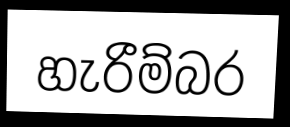
හැරීම්බර